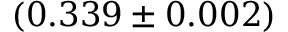
( 0 . 3 3 9 \pm 0 . 0 0 2 )